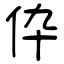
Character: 伜